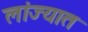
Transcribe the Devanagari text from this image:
लांज्यात